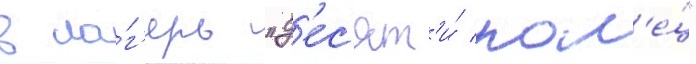
в ла́г'ерь "д'ес'ят'и́ кол'е́ц"